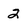
Character: 2